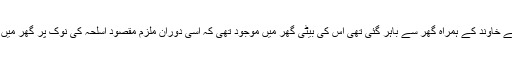
بتا یا گیاہے کہ محلہ انعام آباد کی رہائشی فوزیہ بی بی اپنے خاوند کے ہمراہ گھر سے باہر گئی تھی اس کی بیٹی گھر میں موجود تھی کہ اسی دوران ملزم مقصود اسلحہ کی نوک پر گھر میں گھس کر فوزیہ بی بی کی بیٹی کو زیادتی کا نشانہ بنا دیا۔